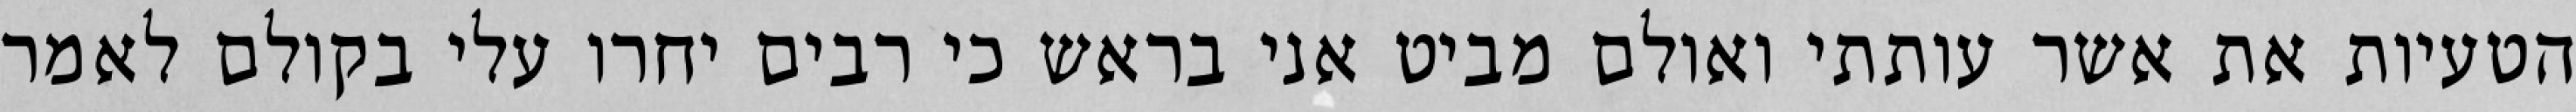
הטעיות את אשר עותתי ואולם מביט אני בראש כי רבים יחרו עלי בקולם לאמר